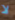
لا